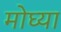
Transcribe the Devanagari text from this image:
मोघ्या